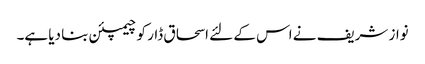
نواز شریف نے اس کے لئے اسحاق ڈار کو چیمپئن بنا دیا ہے۔